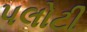
પલોટી